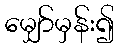
မျှော်မှန်း၍